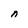
Character: n